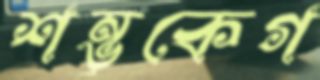
শম্ভুকেগ